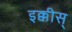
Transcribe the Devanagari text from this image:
इक्कीस्